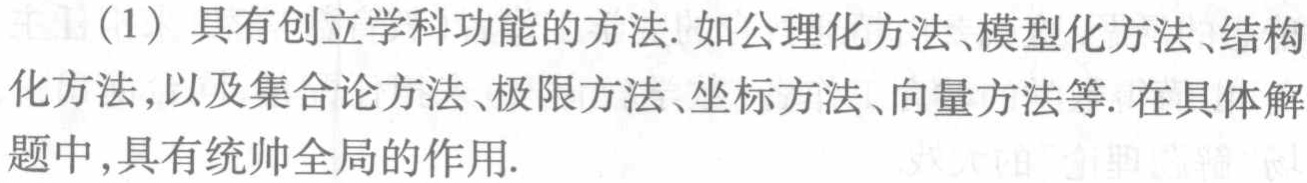
（1）具有创立学科功能的方法.如公理化方法、模型化方法、结构化方法，以及集合论方法、极限方法、坐标方法、向量方法等.在具体解题中,具有统帅全局的作用.